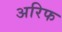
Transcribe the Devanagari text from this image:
अरिफ